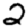
Digit: 2